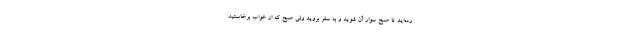
رده‌اید تا صبح سوار آن شوید و به سفر بروید ولی صبح که از خواب برخاستید